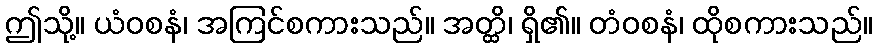
ဤသို့။ ယံဝစနံ၊ အကြင်စကားသည်။ အတ္ထိ၊ ရှိ၏။ တံဝစနံ၊ ထိုစကားသည်။